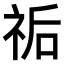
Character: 𥙐